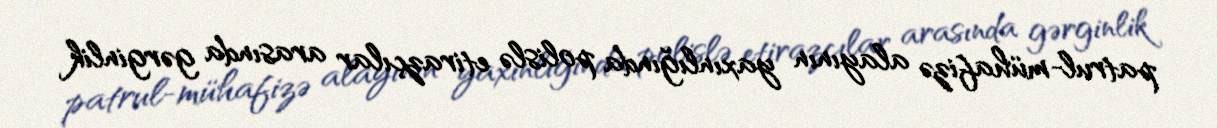
patrul-mühafizə alayının yaxınlığında polislə etirazçılar arasında gərginlik